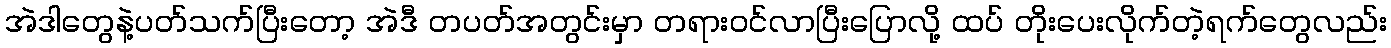
အဲဒါတွေနဲ့ပတ်သက်ပြီးတော့ အဲဒီ တပတ်အတွင်းမှာ တရားဝင်လာပြီးပြောလို့ ထပ် တိုးပေးလိုက်တဲ့ရက်တွေလည်း